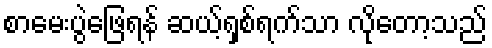
စာမေးပွဲဖြေရန် ဆယ့်ရှစ်ရက်သာ လိုတော့သည်